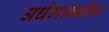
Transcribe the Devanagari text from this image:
अर्धमानवीय